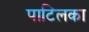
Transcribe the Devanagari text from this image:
पाटिलका